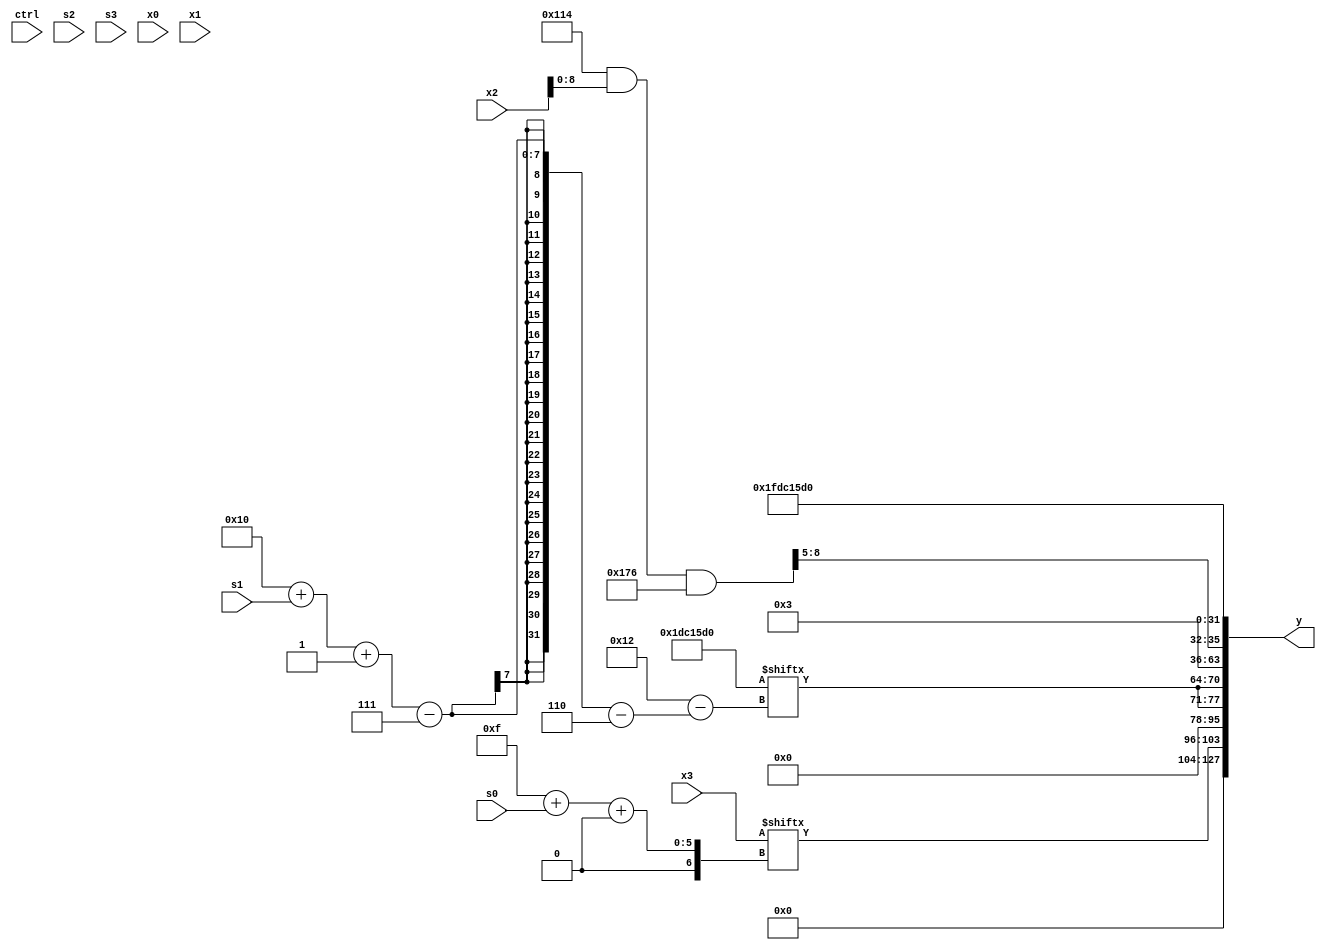
module partsel_00672(ctrl, s0, s1, s2, s3, x0, x1, x2, x3, y);
  input [3:0] ctrl;
  input [2:0] s0;
  input [2:0] s1;
  input [2:0] s2;
  input [2:0] s3;
  input [31:0] x0;
  input signed [31:0] x1;
  input [31:0] x2;
  input [31:0] x3;
  wire [28:2] x4;
  wire [24:0] x5;
  wire [28:4] x6;
  wire [6:28] x7;
  wire signed [31:1] x8;
  wire [1:28] x9;
  wire signed [28:7] x10;
  wire signed [27:5] x11;
  wire signed [6:28] x12;
  wire [4:29] x13;
  wire signed [6:30] x14;
  wire [1:31] x15;
  output [127:0] y;
  wire [31:0] y0;
  wire signed [31:0] y1;
  wire signed [31:0] y2;
  wire signed [31:0] y3;
  assign y = {y0,y1,y2,y3};
  localparam signed [31:1] p0 = 24766838;
  localparam [29:3] p1 = 91047259;
  localparam [3:31] p2 = 534517200;
  localparam signed [2:30] p3 = 672032532;
  assign x4 = ({2{(p3 & x2)}} & p0);
  assign x5 = (x0[1 + s0 -: 8] + ((!ctrl[1] || !ctrl[0] || !ctrl[2] ? x3[5 + s2] : ({x2[5 + s2 -: 8], p1} ^ ((p2 - p0[10 +: 3]) + x4[17 + s0]))) - (x1[0 + s0 +: 8] + {{(x2[13 + s3 -: 8] ^ (x0 ^ p2[25 + s3 -: 6])), p3[1 + s0 +: 2]}, {2{p1[7 + s2]}}})));
  assign x6 = (p2[9 + s0] & x1[24 + s2 -: 5]);
  assign x7 = p2;
  assign x8 = (p2[21] + {2{(!ctrl[3] || ctrl[3] || !ctrl[0] ? (x4[11 + s1 +: 7] ^ (!ctrl[1] || ctrl[1] && ctrl[0] ? p2[12 +: 3] : p3[24 + s3 +: 1])) : x0[5 + s1])}});
  assign x9 = p0[12 +: 3];
  assign x10 = x4[6 + s1];
  assign x11 = x4;
  assign x12 = {2{{2{p0[21 -: 4]}}}};
  assign x13 = p2[15];
  assign x14 = {{2{x9[13 + s1]}}, {{((p2 | x13) + {p2[17 +: 3], p3}), {2{p1[13 + s1]}}}, p2}};
  assign x15 = (ctrl[3] || ctrl[2] && ctrl[1] ? x4[16 + s0] : x14[15]);
  assign y0 = x3[15 + s0 +: 8];
  assign y1 = {2{x14[16 + s1 -: 7]}};
  assign y2 = {p2[13 -: 2], x11[13 -: 4]};
  assign y3 = p2;
endmodule